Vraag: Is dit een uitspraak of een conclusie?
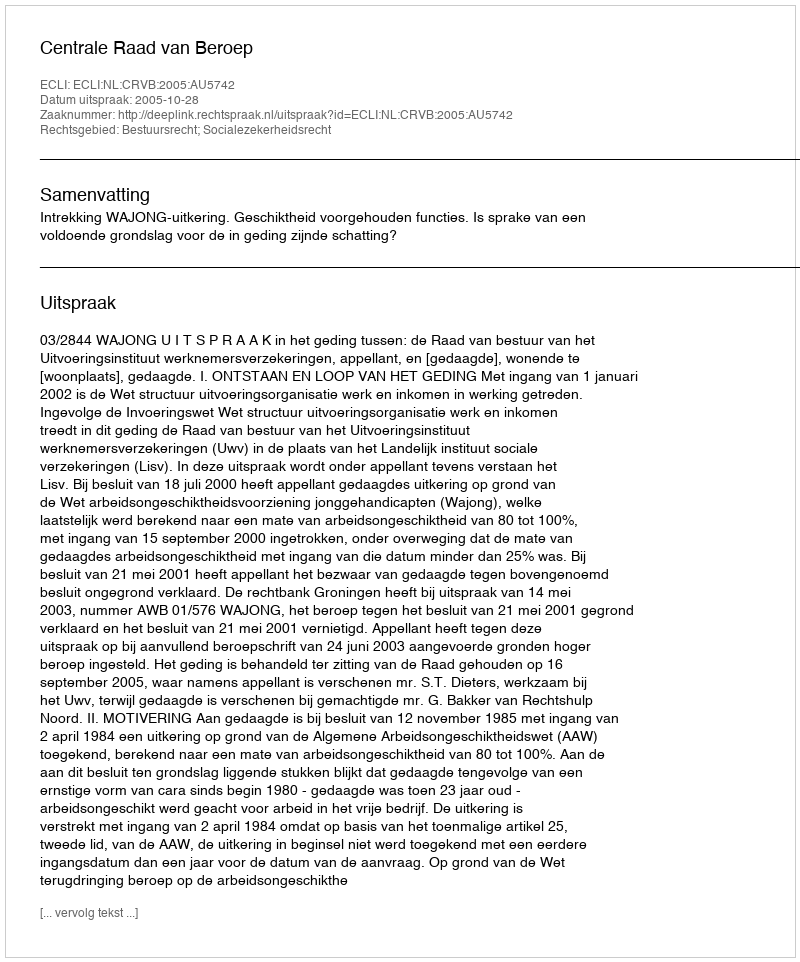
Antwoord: Uitspraak